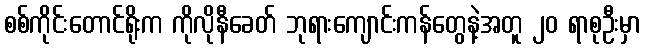
စစ်ကိုင်းတောင်ရိုးက ကိုလိုနီခေတ် ဘုရားကျောင်းကန်တွေနဲ့အတူ ၂၀ ရာစုဦးမှာ